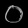
Digit: ၀